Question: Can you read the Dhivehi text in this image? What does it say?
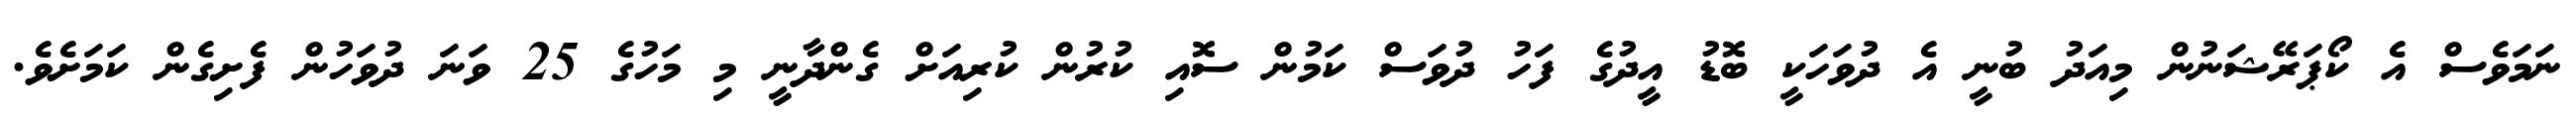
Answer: ނަމަވެސް އެ ކޯޕަރޭޝަނުން މިއަދު ބުނީ އެ ދުވަހަކީ ބޮޑު އީދުގެ ފަހު ދުވަސް ކަމުން ސޮއި ކުރުން ކުރިއަށް ގެންދާނީ މި މަހުގެ 25 ވަނަ ދުވަހުން ފެށިގެން ކަމަށެވެ.